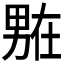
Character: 𭻟